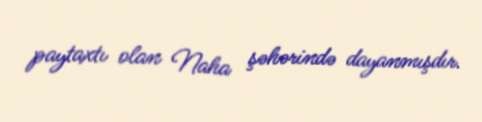
paytaxtı olan Naha şəhərində dayanmışdır.